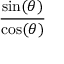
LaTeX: \frac { \sin ( \theta ) } { \cos ( \theta ) }